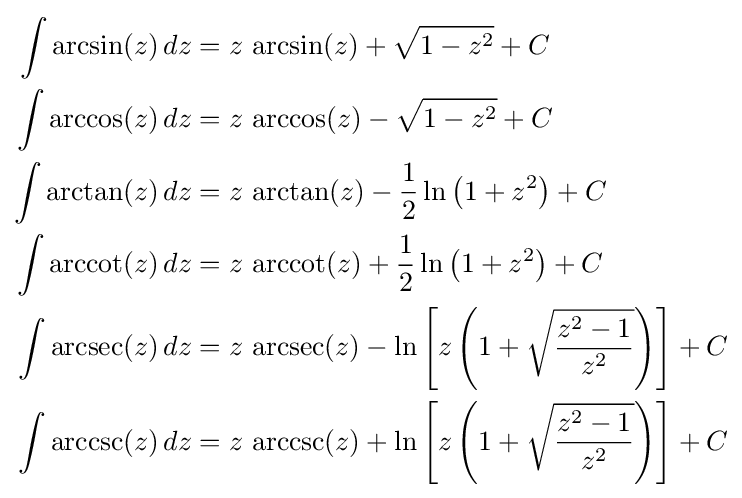
{\begin{aligned}\int \arcsin(z)\,dz&{}=z\,\arcsin(z)+{\sqrt {1-z^{2}}}+C\\\int \arccos(z)\,dz&{}=z\,\arccos(z)-{\sqrt {1-z^{2}}}+C\\\int \arctan(z)\,dz&{}=z\,\arctan(z)-{\frac {1}{2}}\ln \left(1+z^{2}\right)+C\\\int \operatorname {arccot} (z)\,dz&{}=z\,\operatorname {arccot} (z)+{\frac {1}{2}}\ln \left(1+z^{2}\right)+C\\\int \operatorname {arcsec} (z)\,dz&{}=z\,\operatorname {arcsec} (z)-\ln \left[z\left(1+{\sqrt {\frac {z^{2}-1}{z^{2}}}}\right)\right]+C\\\int \operatorname {arccsc} (z)\,dz&{}=z\,\operatorname {arccsc} (z)+\ln \left[z\left(1+{\sqrt {\frac {z^{2}-1}{z^{2}}}}\right)\right]+C\end{aligned}}